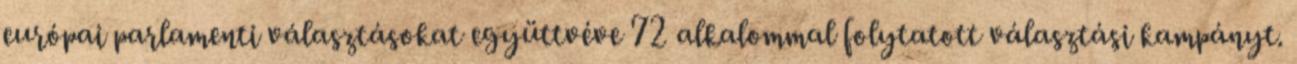
európai parlamenti választásokat együttvéve 72 alkalommal folytatott választási kampányt.